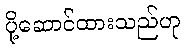
ပို့ဆောင်ထားသည်ဟု